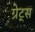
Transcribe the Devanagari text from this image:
ग्रेट्स